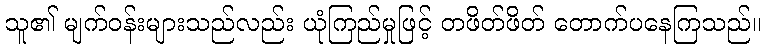
သူ၏ မျက်ဝန်းများသည်လည်း ယုံကြည်မှုဖြင့် တဖိတ်ဖိတ် တောက်ပနေကြသည်။